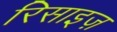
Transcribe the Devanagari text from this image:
रिसाइज़